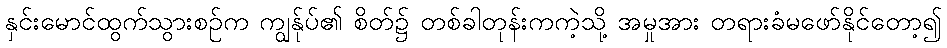
နှင်းမောင်ထွက်သွားစဉ်က ကျွန်ုပ်၏ စိတ်၌ တစ်ခါတုန်းကကဲ့သို့ အမှုအား တရားခံမဖော်နိုင်တော့၍